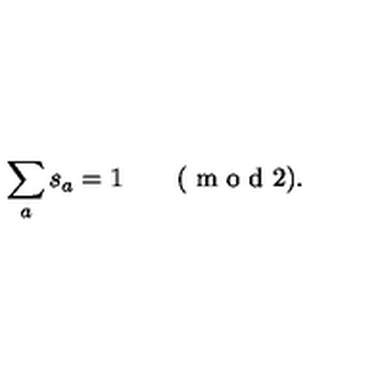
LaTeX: \sum _ { a } s _ { a } = 1 \qquad ( \textrm { m o d } 2 ) .